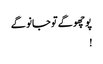
پوچھو گے تو جانو گے
!